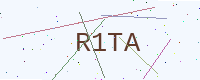
Text: R1TA